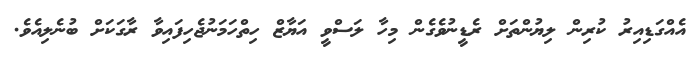
އެއްގަޑިއިރު ކުރިން ލިޔުންތަށް ރެޑީނުވެގެން މިހާ ލަސްވީ އަޔާޒް ހިތްހަމަނުޖެހިފައިވާ ރާގަކަށް ބުނެލިއެވެ.